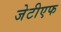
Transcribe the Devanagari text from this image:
जेटीएफ